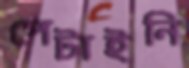
পেটাইনি